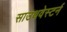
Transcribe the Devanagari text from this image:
साउथवेस्टर्न